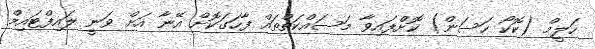
ހަލީމް (ކޮކޯ ހަސަން) ކޮށްފައިވާ މަސައްކަތްތައް ފާހަގަކޮށް އޭނާ އަށް ވަނީ ލައިފްޓައިމް